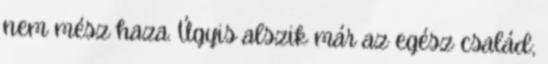
nem mész haza. Úgyis alszik már az egész család;